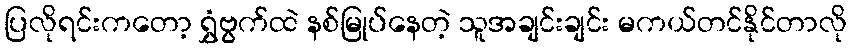
ပြလိုရင်းကတော့ ရွှံဗွက်ထဲ နစ်မြုပ်နေတဲ့ သူအချင်းချင်း မကယ်တင်နိုင်တာလို